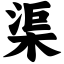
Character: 渠